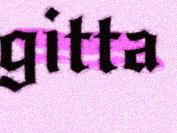
gitta